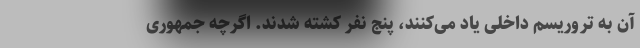
آن به تروریسم داخلی یاد می‌کنند، پنج نفر کشته شدند. اگرچه جمهوری‌